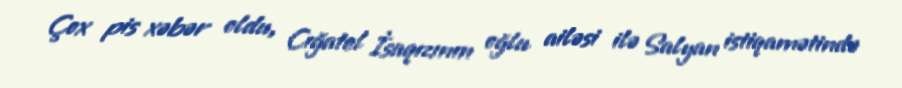
Çox pis xəbər oldu, Cığatel İsaqızının oğlu ailəsi ilə Salyan istiqamətində